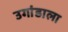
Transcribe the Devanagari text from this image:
उगांडाला